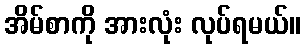
အိမ်စာကို အားလုံး လုပ်ရမယ်။